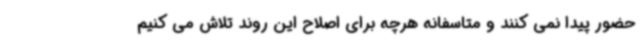
حضور پیدا نمی کنند و متاسفانه هرچه برای اصلاح این روند تلاش می کنیم